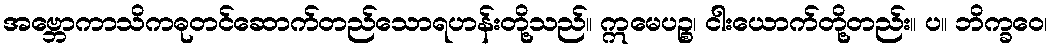
အဗ္ဘောကာသိကဓုတင်ဆောက်တည်သောရဟန်းတို့သည်။ ဣမေပဉ္စ၊ ငါးယောက်တို့တည်း။ ပ။ ဘိက္ခဝေ၊